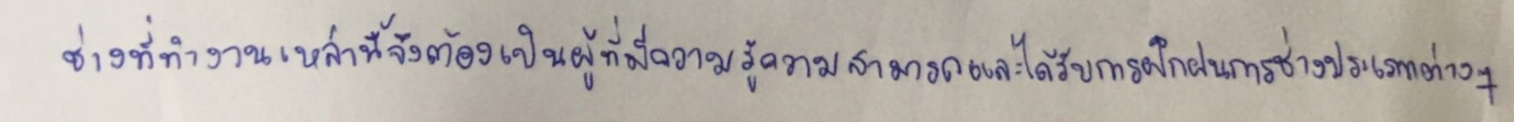
ช่างที่ทำงานเหล่านี้จึงต้องเป็นผู้ที่มีความรู้ความสามารถและได้รับการฝึกฝนการช่างประเภทต่างๆ